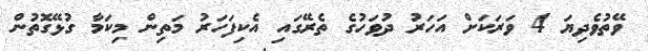
ވޭތުވެދިޔަ 4 ވަރަކަށް އަހަރު ދުވަހުގެ ތެރޭގައި އެކިފަހަރު މަތިން މިކަމާ ގުޅޭގޮތުން